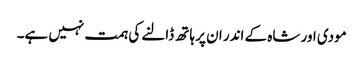
مودی اور شاہ کے اندر ان پر ہاتھ ڈالنے کی ہمت نہیں ہے۔